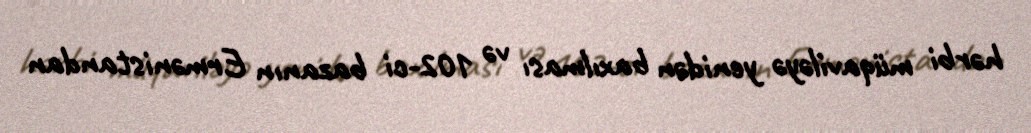
hərbi müqaviləyə yenidən baxılması və 102-ci bazanın Ermənistandan